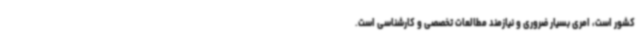
کشور است، امری بسیار ضروری و نیازمند مطالعات تخصصی و کارشناسی است.